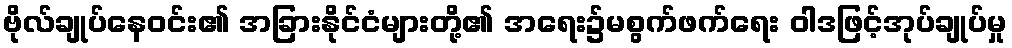
ဗိုလ်ချုပ်နေဝင်း၏ အခြားနိုင်ငံများတို့၏ အရေး၌မစွက်ဖက်ရေး ဝါဒဖြင့်အုပ်ချုပ်မှု